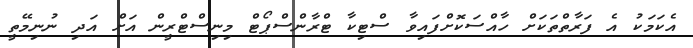
އެކަމަކު އެ ފަރާތްތަކަށް ހާއްސަކޮށްފައިވާ ސްޓިކާ ޓްރާންސްޕޯޓް މިނިސްޓްރީން އަށް އަދި ނުނިމޭތީ